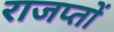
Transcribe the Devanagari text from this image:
राजप्तों